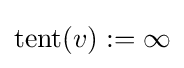
\operatorname {tent} (v):=\infty